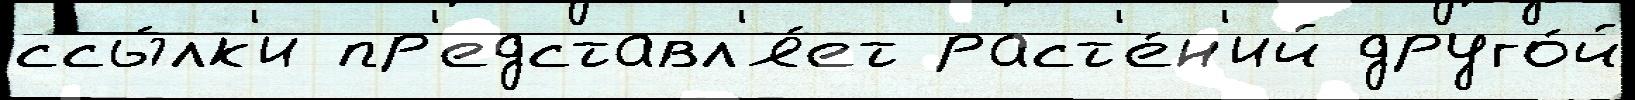
ссы́лк'и пр'едставл'я́ет раст'е́н'ий друго́й